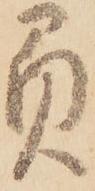
負